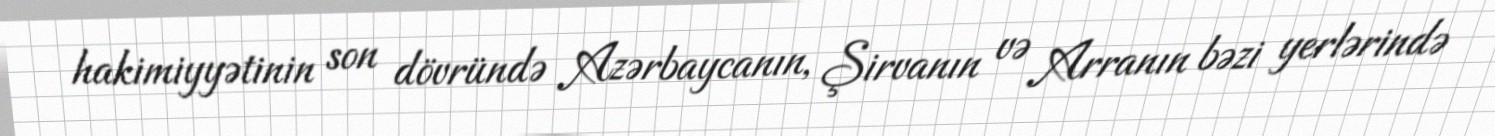
hakimiyyətinin son dövründə Azərbaycanın, Şirvanın və Arranın bəzi yerlərində